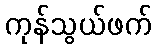
ကုန်သွယ်ဖက်